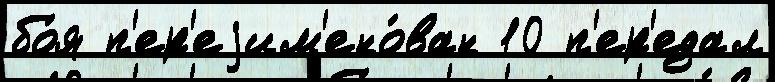
бо́я п'ер'еjим'ено́ван 10 п'ер'едал